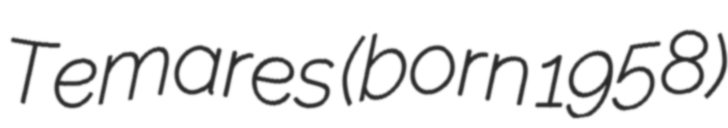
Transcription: Temares (born 1958)